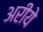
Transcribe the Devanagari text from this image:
अरीये